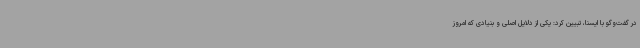
در گفت‌وگو با ایسنا، تبیین کرد: یکی از دلایل اصلی و بنیادی که امروز